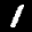
Label: 1